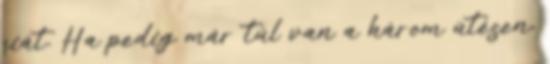
fiát. Ha pedig már túl van a három ütésen,